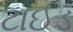
ટાઈડ